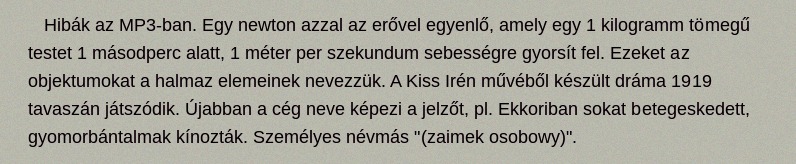
Hibák az MP3-ban. Egy newton azzal az erővel egyenlő, amely egy 1 kilogramm tömegű testet 1 másodperc alatt, 1 méter per szekundum sebességre gyorsít fel. Ezeket az objektumokat a halmaz elemeinek nevezzük. A Kiss Irén művéből készült dráma 1919 tavaszán játszódik. Újabban a cég neve képezi a jelzőt, pl. Ekkoriban sokat betegeskedett, gyomorbántalmak kínozták. Személyes névmás "(zaimek osobowy)".